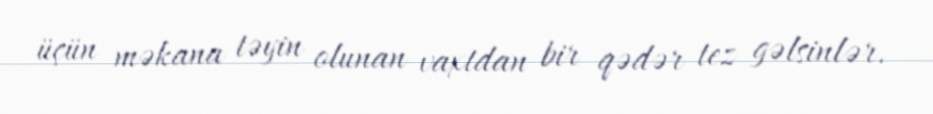
üçün məkana təyin olunan vaxtdan bir qədər tez gəlsinlər.